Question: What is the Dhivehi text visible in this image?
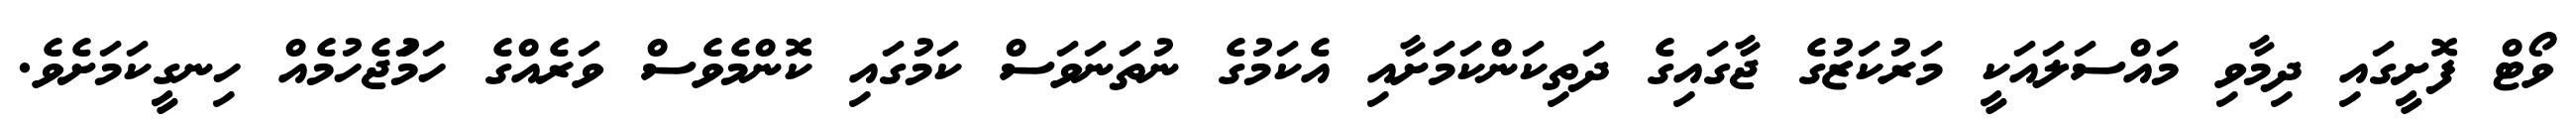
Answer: ވޯޓް ފޮށީގައި ދިމާވި މައްސަލައަކީ މަރުކަޒުގެ ޖާގައިގެ ދަތިކަންކަމަށާއި އެކަމުގެ ނުތަނަވަސް ކަމުގައި ކޮންމެވެސް ވަރެއްގެ ހަމަުޖެހުމެއް ހިނގީކަމަށެވެ.